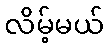
လိမ့်မယ်